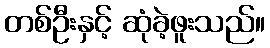
တစ်ဦးနှင့် ဆုံခဲ့ဖူးသည်။